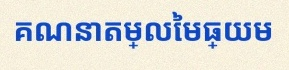
គណនាតម្លៃមធ្យម